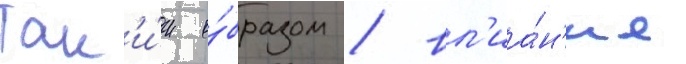
Так'и́м о́бразом / вл'иа́н'ие